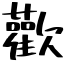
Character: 歡